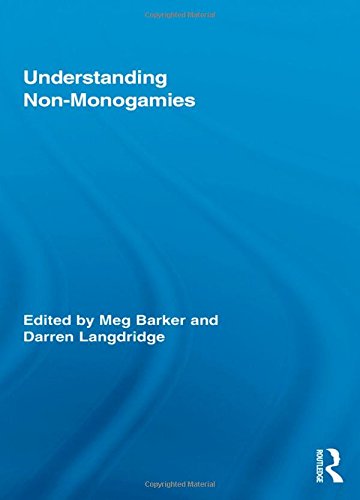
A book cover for Understanding Non-Monogamies (Routledge Research in Gender and Society); Gay & Lesbian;